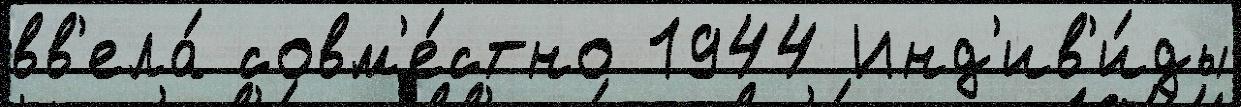
вв'ела́ совм'е́стно 1944 Инд'ив'и́ды